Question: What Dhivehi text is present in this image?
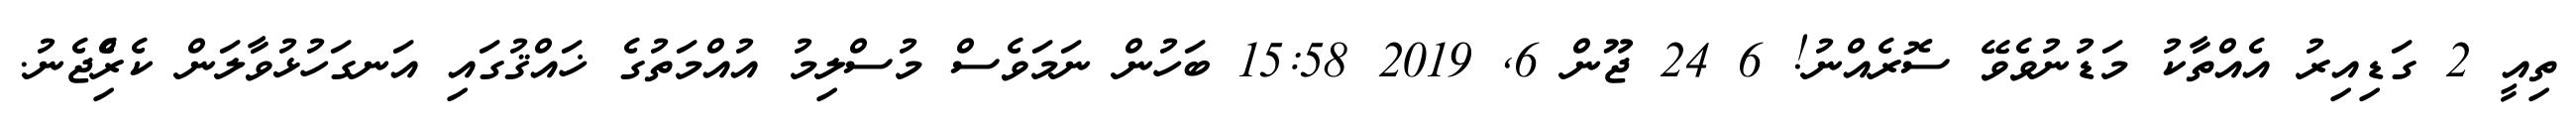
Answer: ތިއީ 2 ގަޑިއިރު އެއްތާކު މަޑުނުވެވޭ ސޮރެއްނު! 6 24 ޖޫން 6, 2019 15:58 ބަހުން ނަމަވެސް މުސްލިމު އުއްމަތުގެ ޚައްޤުގައި އަނގަހުޅުވާލަން ކެރިެްޖެނު.